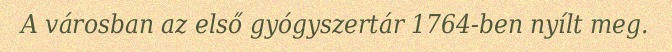
A városban az első gyógyszertár 1764-ben nyílt meg.